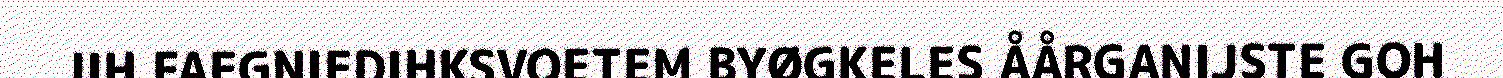
JIH FAEGNIEDIHKSVOETEM BYØGKELES ÅÅRGANIJSTE GOH